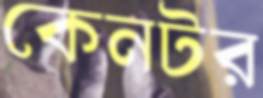
কেনটর